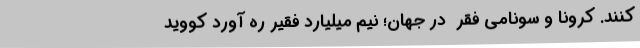
کنند. کرونا و سونامی فقر  در جهان؛ نیم میلیارد فقیر ره آورد کووید